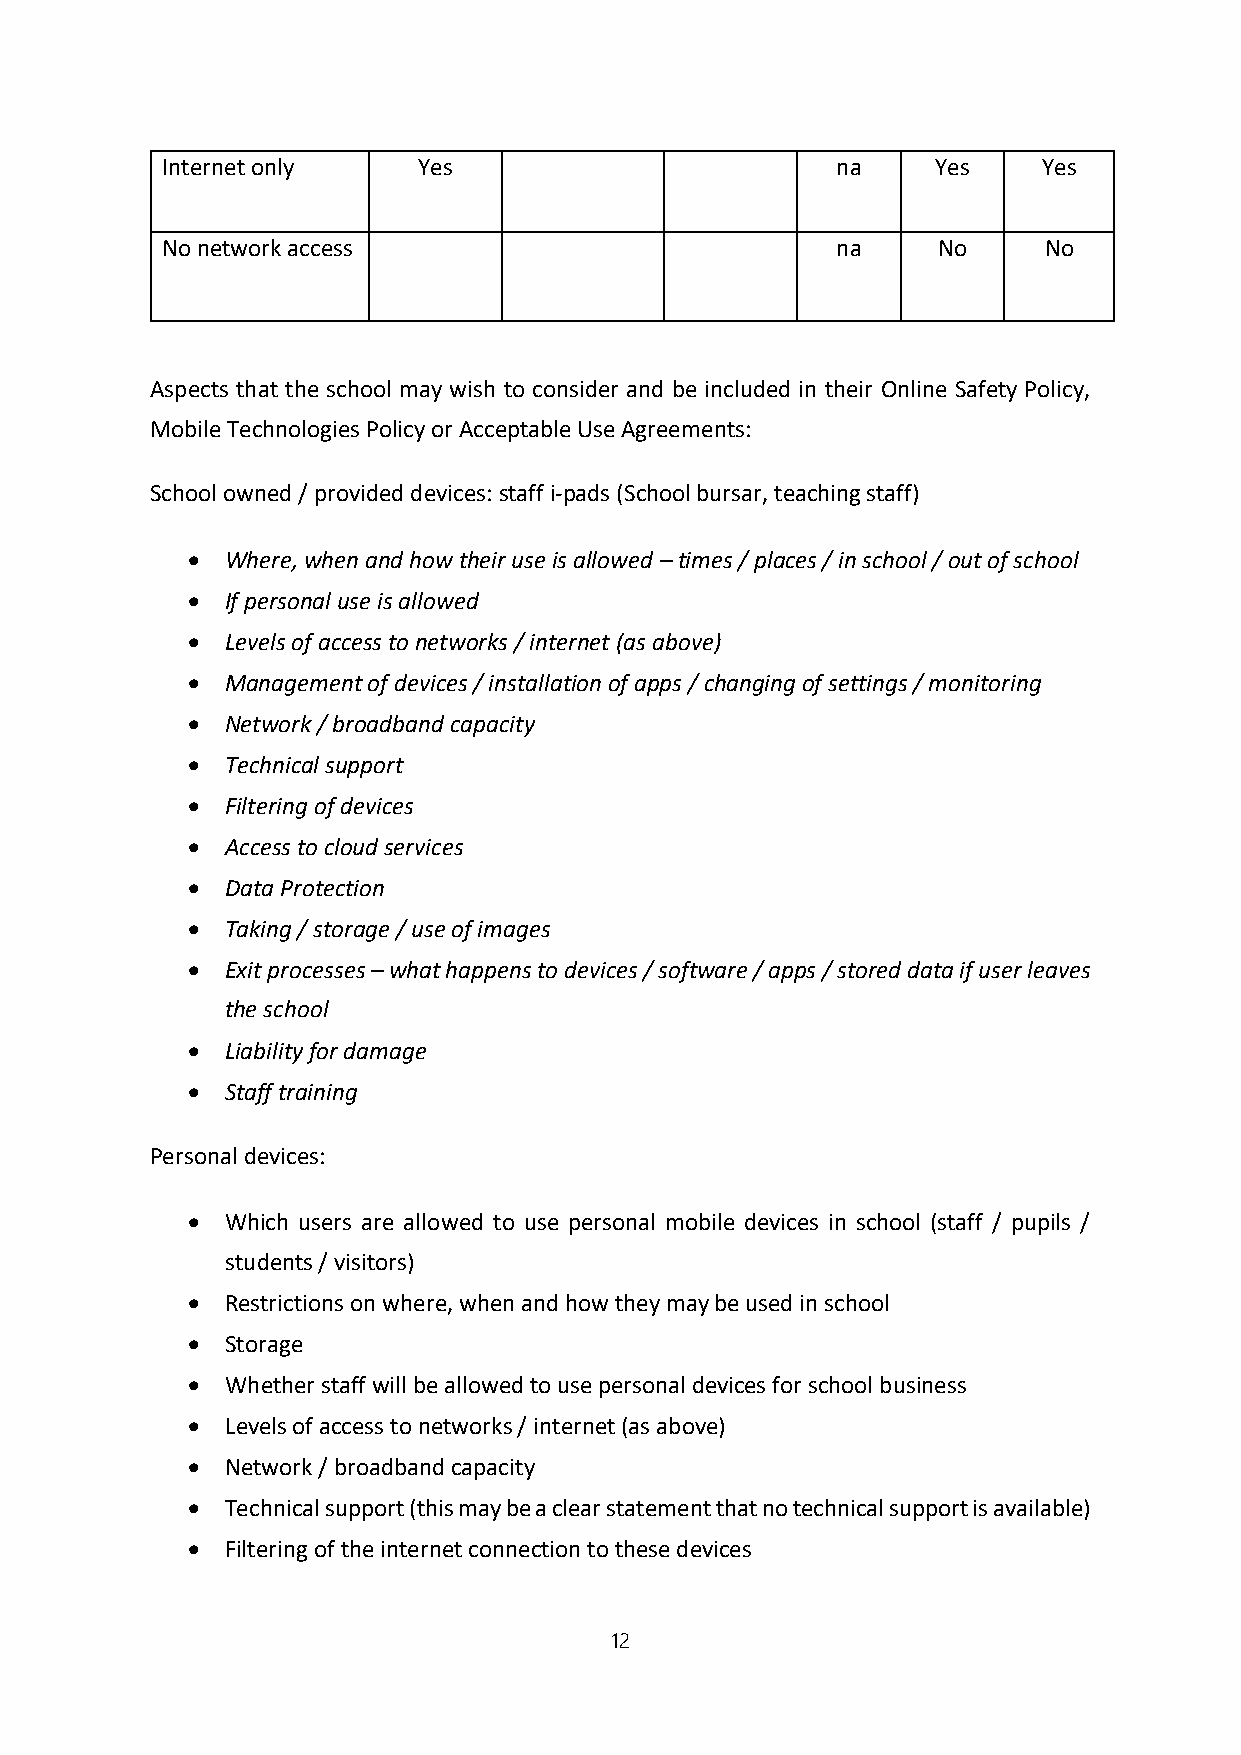
Internet only    Yes                        na     Yes    Yes
 No network access                           na     No     No
 Aspects that the school may wish to consider and be included in their Online Safety Policy,
 Mobile Technologies Policy or Acceptable Use Agreements:
 School owned / provided devices: staff i-pads (School bursar, teaching staff)
   Where, when and how their use is allowed – times / places / in school / out of school
   If personal use is allowed
   Levels of access to networks / internet (as above)
   Management of devices / installation of apps / changing of settings / monitoring
   Network / broadband capacity
   Technical support
   Filtering of devices
   Access to cloud services
   Data Protection
   Taking / storage / use of images
   Exit processes – what happens to devices / software / apps / stored data if user leaves
 the school
   Liability for damage
   Staff training
 Personal devices:
   Which users are allowed to use personal mobile devices in school (staff / pupils /
 students / visitors)
   Restrictions on where, when and how they may be used in school
   Storage
   Whether staff will be allowed to use personal devices for school business
   Levels of access to networks / internet (as above)
   Network / broadband capacity
   Technical support (this may be a clear statement that no technical support is available)
   Filtering of the internet connection to these devices
 12